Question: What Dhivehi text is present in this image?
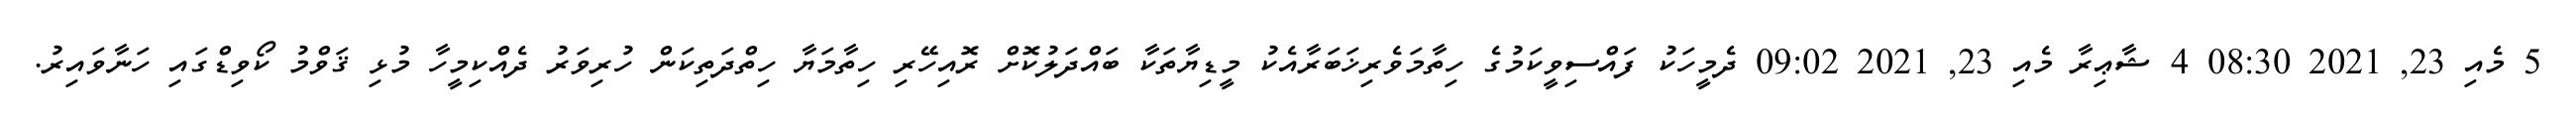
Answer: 5 މެއި 23, 2021 08:30 4 ޝާޢިރާ މެއި 23, 2021 09:02 ދެމީހަކު ފައްސިވީކަމުގެ ހިތާމަވެރިޚަބަރާއެކު މީޑިޔާތަކާ ބައްދަލުކޮށް ރޮއިހޭރި ހިތާމަޔާ ހިތްދަތިކަން ހުރިވަރު ދެއްކިމީހާ މުޅި ޤަވްމު ކޯވިޑްގައި ހަނާވައިރު.